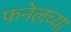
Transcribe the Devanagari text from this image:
फनेलच्या